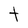
Character: t